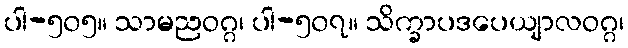
ပါ-၅၀၅။ သာမညဝဂ္ဂ၊ ပါ-၅၀၇။ သိက္ခာပဒပေယျာလဝဂ္ဂ၊